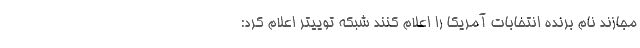
مجازند نام برنده انتخابات آمریکا را اعلام کنند شبکه توییتر اعلام کرد: